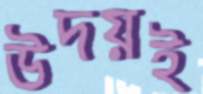
উদয়ই